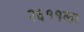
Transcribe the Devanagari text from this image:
२६११ला